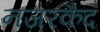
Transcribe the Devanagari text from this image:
नजरकैद